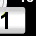
Digit: 1